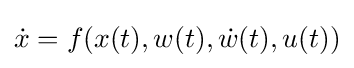
{\dot {x}}=f(x(t),w(t),{\dot {w}}(t),u(t))